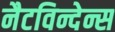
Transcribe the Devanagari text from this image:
नैटविन्देन्स